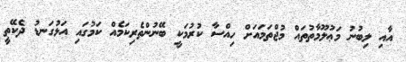
އާއި ލިބުނު މަޢުލޫމާތުތައް މުޖްތަމައަށް ހިއްސާ ކުރުމަކީ ބޭނުންތެރިކަމެއް ކަމުގައި އަޅުގަނޑު ދެކޭތީ